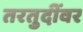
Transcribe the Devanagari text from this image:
तरतुदींवर